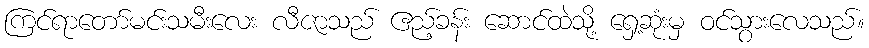
ကြင်ရာတော်မင်းသမီးလေး လီဇာသည် ဧည့်ခန်း ဆောင်ထဲသို့ ရှေ့ဆုံးမှ ဝင်သွားလေသည်။